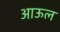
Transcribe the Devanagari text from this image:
आऊल